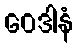
ဝေဒါနံ